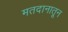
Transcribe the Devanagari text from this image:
मतदानातून